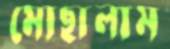
মোছালাম